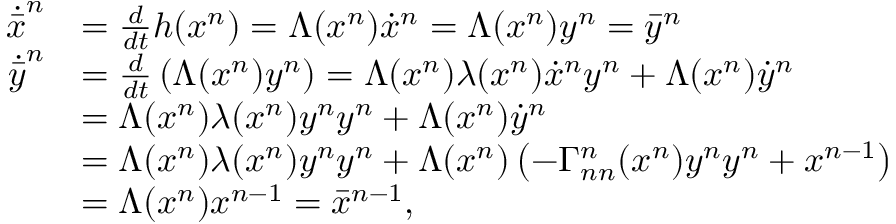
\begin{array} { r l } { \dot { \bar { x } } ^ { n } } & { = \frac { d } { d t } h ( x ^ { n } ) = \Lambda ( x ^ { n } ) \dot { x } ^ { n } = \Lambda ( x ^ { n } ) y ^ { n } = \bar { y } ^ { n } } \\ { \dot { \bar { y } } ^ { n } } & { = \frac { d } { d t } \left( \Lambda ( x ^ { n } ) y ^ { n } \right) = \Lambda ( x ^ { n } ) \lambda ( x ^ { n } ) \dot { x } ^ { n } y ^ { n } + \Lambda ( x ^ { n } ) \dot { y } ^ { n } } \\ & { = \Lambda ( x ^ { n } ) \lambda ( x ^ { n } ) y ^ { n } y ^ { n } + \Lambda ( x ^ { n } ) \dot { y } ^ { n } } \\ & { = \Lambda ( x ^ { n } ) \lambda ( x ^ { n } ) y ^ { n } y ^ { n } + \Lambda ( x ^ { n } ) \left( - \Gamma _ { n n } ^ { n } ( x ^ { n } ) y ^ { n } y ^ { n } + x ^ { n - 1 } \right) } \\ & { = \Lambda ( x ^ { n } ) x ^ { n - 1 } = \bar { x } ^ { n - 1 } , } \end{array}